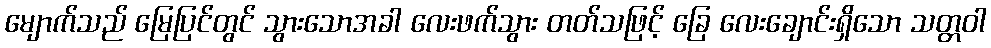
မျောက်သည် မြေပြင်တွင် သွားသောအခါ လေးဖက်သွား တတ်သဖြင့် ခြေ လေးချောင်းရှိသော သတ္တဝါ